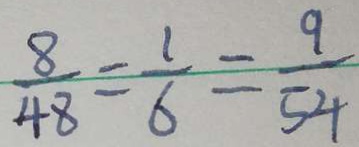
\frac { 8 } { 4 8 } = \frac { 1 } { 6 } = \frac { 9 } { 5 4 }